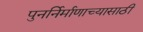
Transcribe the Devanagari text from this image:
पुनर्निर्माणाच्यासाठी